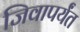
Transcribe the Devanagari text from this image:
जिवापर्यंत